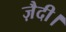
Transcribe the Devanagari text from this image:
ज़ैदी।